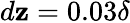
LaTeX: d\mathbf{z}=0.03\delta